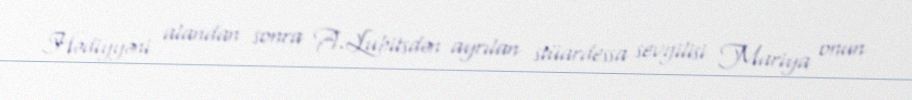
Hədiyyəni alandan sonra A.Lubitsdən ayrılan stüardessa sevgilisi Mariya onun